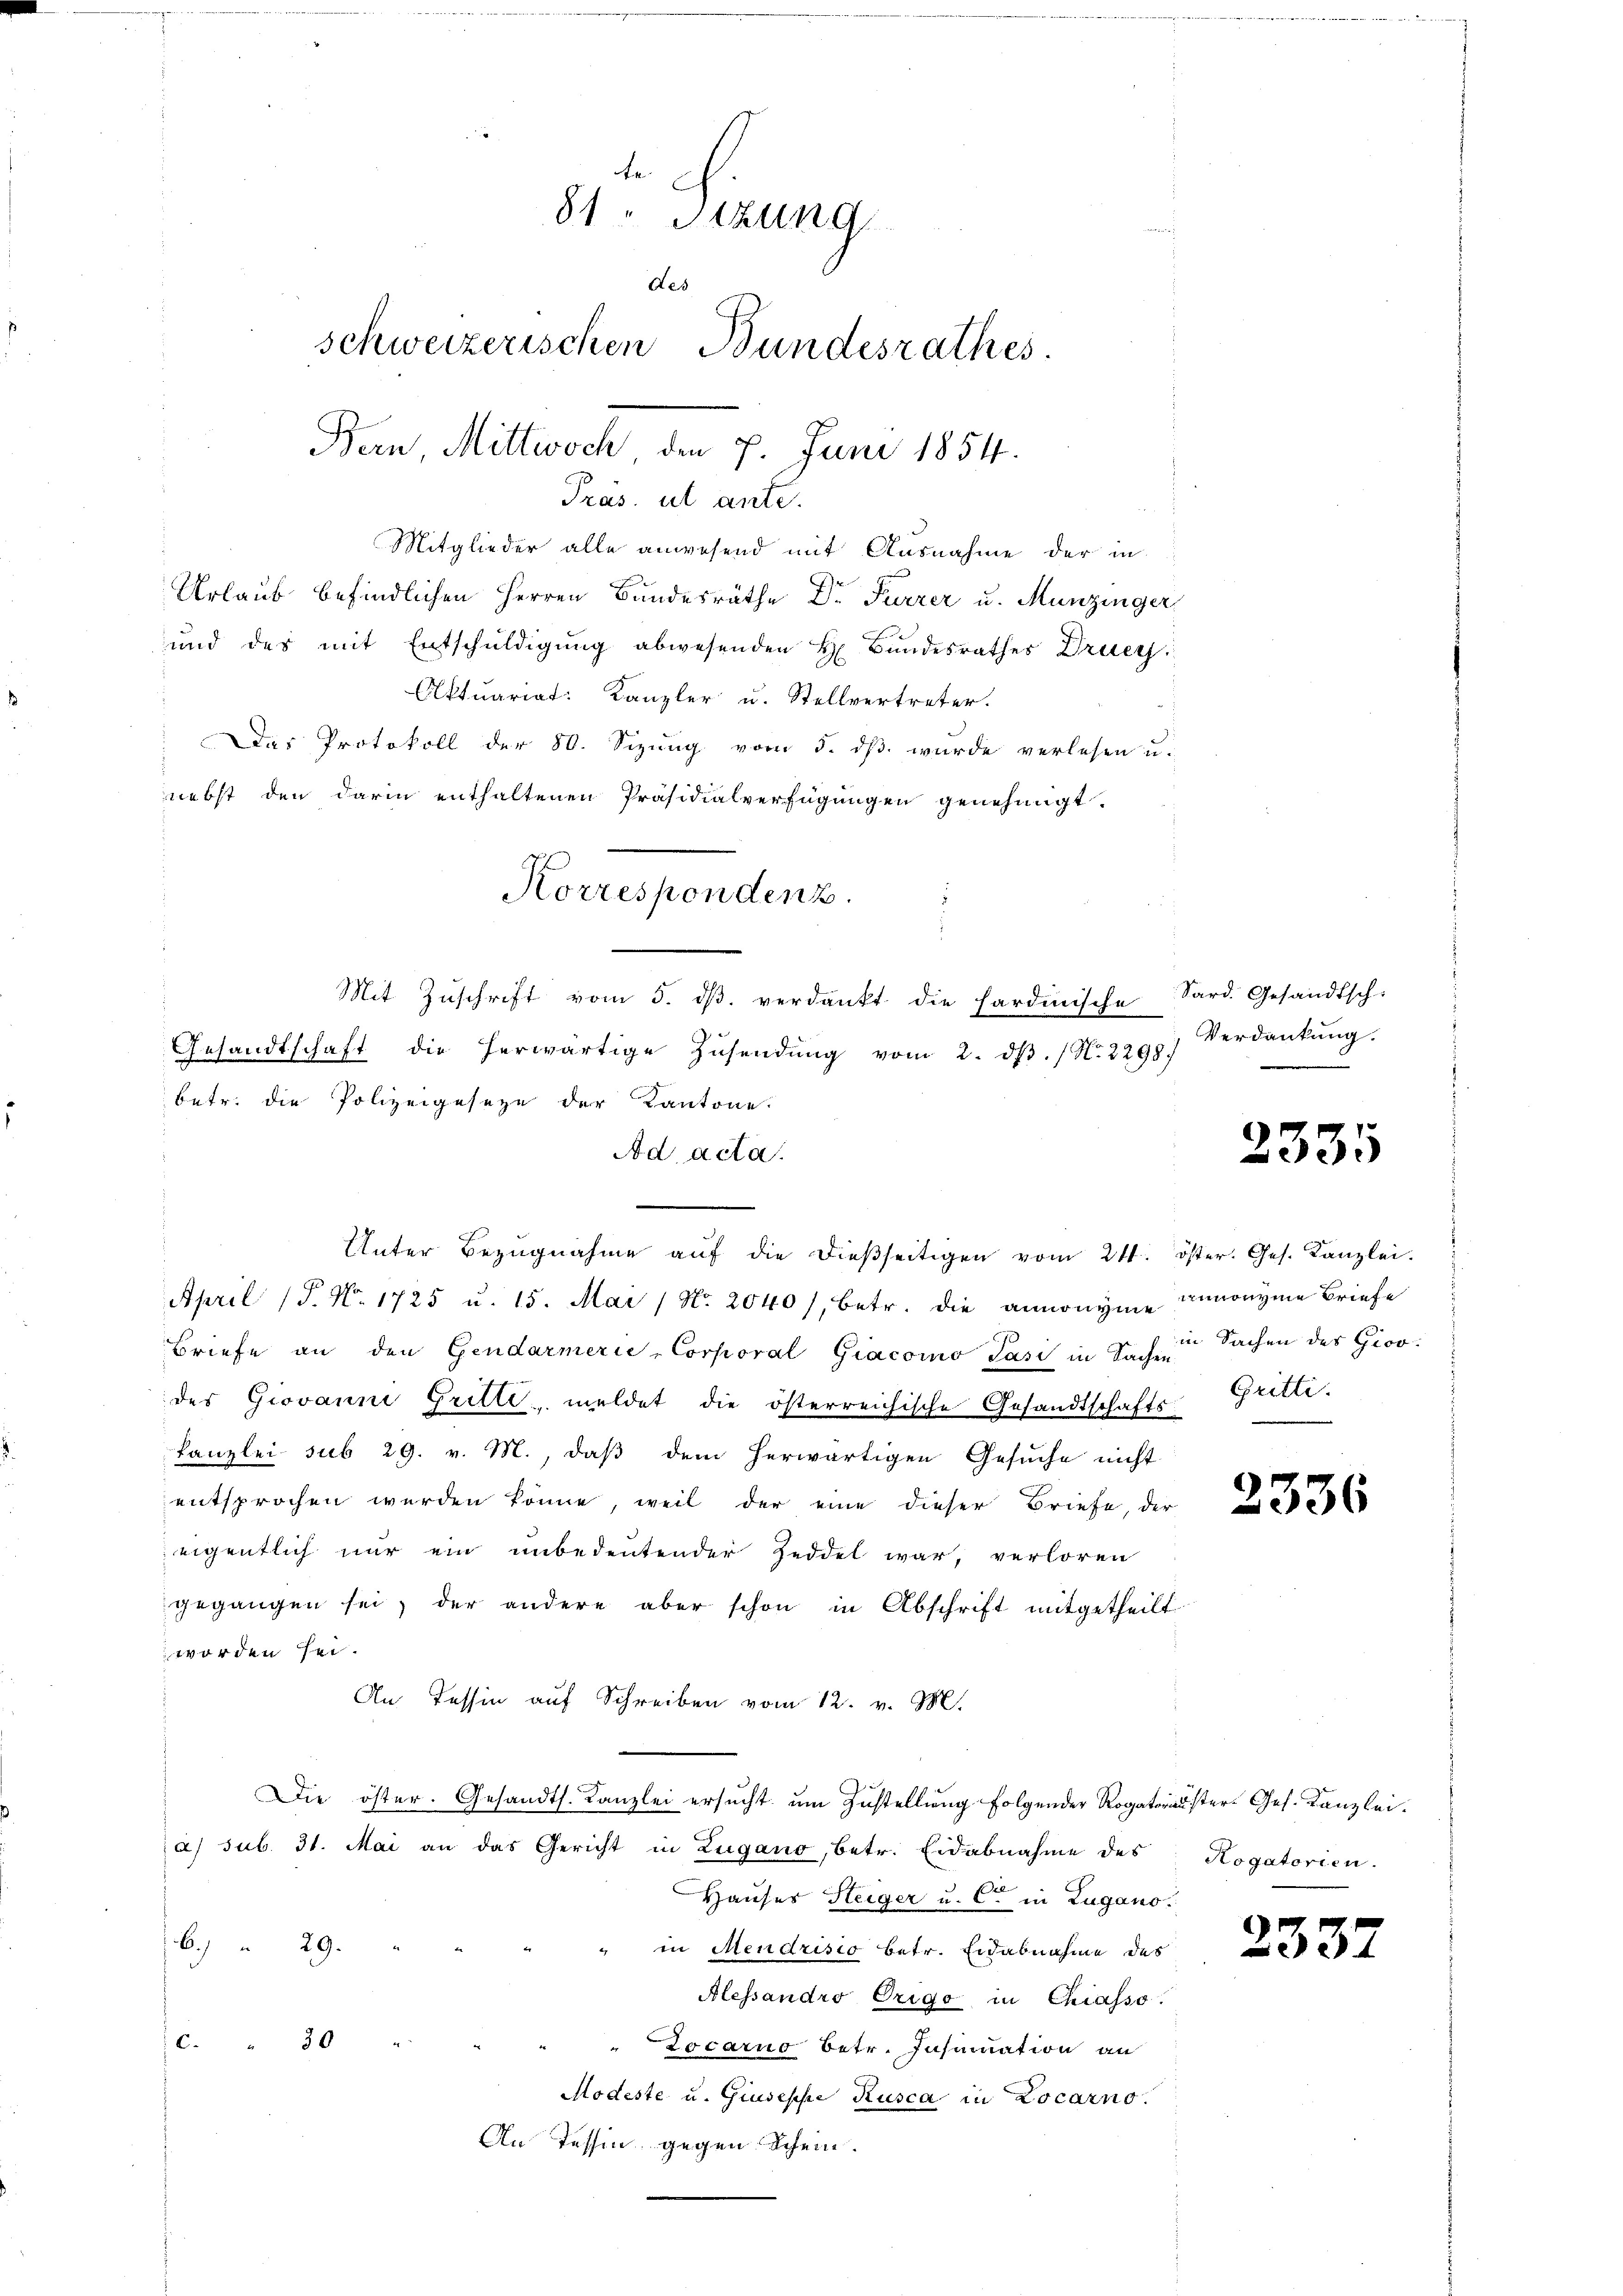
81. Sitzung
des
schweizerischen Bundesrathes.
Bern Mittwoch den 7. Juni 1854.

Mitglieder alle anwesend mit Ausnahme der in
Urlaub befindlichen Herren Bundesräthe Dr. Furrer u. Munzinger
und des mit Entschuldigung abwesenden H. Bŭndesrathes Dräer
Aktuariat. Kanzler u. Stellvertreter.
Das Protokoll der 80. Sizung vom 5. dß wurde verlesen u.
nebst den darin enthaltenen Präsidialverfügungen genehmigt.
Ad acta.
Unter Bezŭgnahme aŭf die dieβseitigen vom 24. öster. Ges. Kanzlei.
April (T. No. 1725 u. 15. Mai / N. 2040 /, betr. die annonyme renonyme Briefe
Briefe an den Gendarmerie-Corporal Giacoino Pasi in Sache Sachen des Gioodes Giovanne Gritte meldet die österreichische Gesandtschafts
kanzlei sub 29. v. M., daß dem herwärtigen Gesuche nicht
entsprochen werden könne, weil der eine dieser Briefe, der
eigentlich nur ein unbedeutender Zeddel war, verloren
gegangen sei, der andere aber schon in Abschrift mitgetheilt
worden sei.
An Tessin auf Schreiben vom 12. v. M.
Die öster. Gesandts. Kanzlei ersucht um Zustellung folgender Rogatorister Ges. Kanzlei.
a) sub. 31. Mai an das Gericht in Zugano, betr. Eidabnahme des
Hauses Steiger u. Cet in Lugano.
6.) " 29.
" in Mendrisio betr. Eidabnahme des
Alessandro Origo in Chiasso
6. " 30 "
Locarno betr. Insinuation an
Modeste u. Giuseppe Rusca in Locarno.
An Tessin, gegen Schein.

betr. die Polizeigeseze der Kantone.

Pras. ut ante.

Korrespondenz.
Mit Zuschrift vom 3. dβ verdankt die Fardinische
Gesandtschaft die herwärtige Zusendung vom 2. dβ. / No. 2298/

Sard. Gesandtsch-
Verdankung.

2335

Gritti.

2336

Rogatorien.

2332